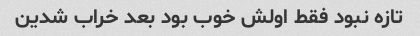
تازه نبود فقط اولش خوب بود بعد خراب شدین